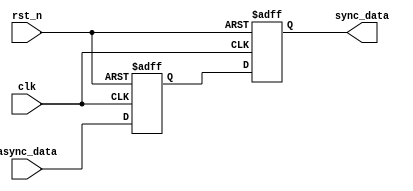
module master_slave_synchronizer (
    input wire clk,         // Clock signal
    input wire rst_n,      // Active low reset signal
    input wire async_data,  // Asynchronous input data
    output reg sync_data    // Synchronized output data
);

    reg master_ff; // Master flip-flop output

    // Master Flip-Flop: Captures the input data when the clock is low
    always @(negedge clk or negedge rst_n) begin
        if (!rst_n) begin
            master_ff <= 1'b0; // Reset master flip-flop
        end else begin
            master_ff <= async_data; // Capture async data on falling edge
        end
    end

    // Slave Flip-Flop: Captures the master output when the clock is high
    always @(posedge clk or negedge rst_n) begin
        if (!rst_n) begin
            sync_data <= 1'b0; // Reset synchronized output
        end else begin
            sync_data <= master_ff; // Capture master output on rising edge
        end
    end

endmodule